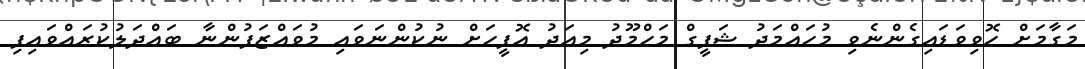
މަގާމަށް ހޮވިވަޑައިގެންނެވި މުހައްމަދު ޝަފީގް މަހްމޫދު މިއަދު އޮފީހަށް ނުކުންނަވައި މުވައްޒަފުންނާ ބައްދަލުކުރައްވައިފި